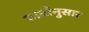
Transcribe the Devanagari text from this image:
वाढीनुसार